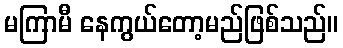
မကြာမီ နေကွယ်တော့မည်ဖြစ်သည်။